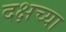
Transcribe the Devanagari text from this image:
दक्षच्या